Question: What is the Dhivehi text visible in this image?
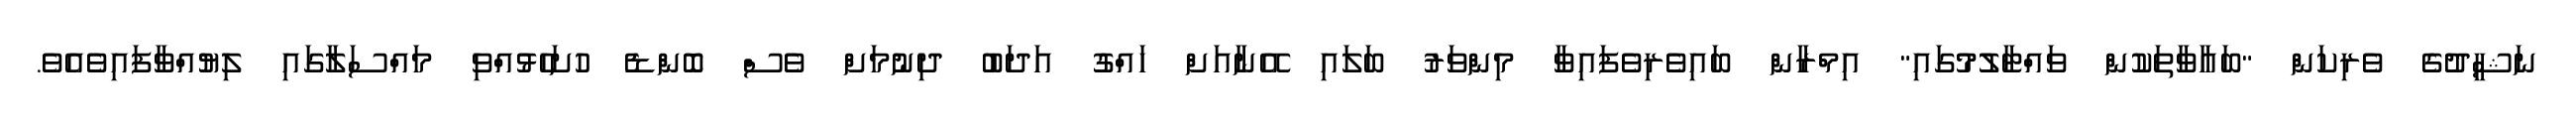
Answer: ނަޝީދުގެ ވެރިކަން "ބަޣާވާތަކުން ވައްޓާލުމުގައި" އިމްރާން ބައިވެރިވެފައިވާ މިންވަރު ބަލައި އޭނާއަށް ހައްގު އަދަބު ދިނުމަށް ވެސް ބޮންޑެ ހުށަހެޅުއްވި މައްސަލާގައި ލިޔުއްވާފައިވެއެވެ.